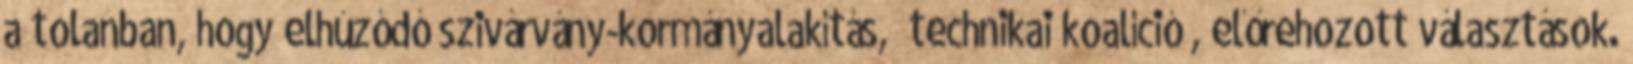
a tolanban, hogy elhúzódó szivárvány-kormányalakítás, „technikai koalíció”, előrehozott választások.